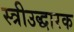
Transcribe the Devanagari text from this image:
स्त्रीउद्धारक